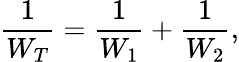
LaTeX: \frac{1}{W_{T}}=\frac{1}{W_{1}}+\frac{1}{W_{2}},